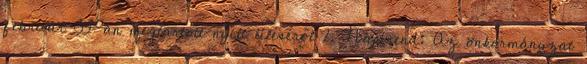
február 03-án megtartott nyílt üléséről 2. Napirend: Az önkormányzat